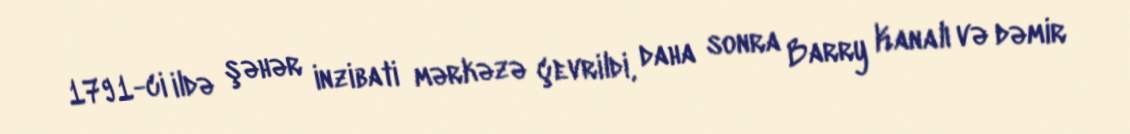
1791-ci ildə şəhər inzibati mərkəzə çevrildi, daha sonra Barry Kanalı və dəmir